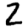
Digit: 2